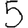
Digit: 5